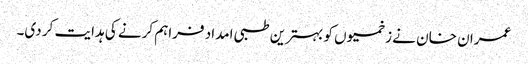
عمران خان نے زخمیوں کو بہترین طبی امداد فراہم کرنے کی ہدایت کر دی۔